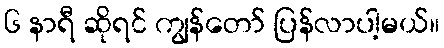
၆ နာရီ ဆိုရင် ကျွန်တော် ပြန်လာပါ့မယ်။